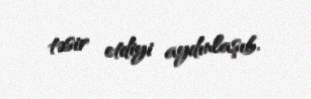
təsir etdiyi aydınlaşıb.